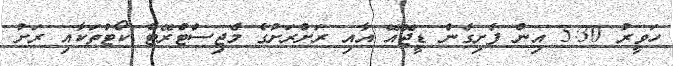
ހަވީރު 5:30 އިން ފެށިގެން ޑީޖޭއޭ އާއި ރަށްރަށުގެ މެޖިސްޓްރޭޓް ކޯޓުތަކާއި ރަށު